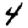
Digit: 4